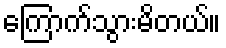
ကြောက်သွားမိတယ်။